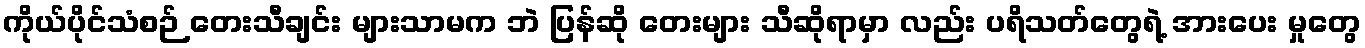
ကိုယ်ပိုင်သံစဉ် တေးသီချင်း များသာမက ဘဲ ပြန်ဆို တေးများ သီဆိုရာမှာ လည်း ပရိသတ်တွေရဲ့ အားပေး မှုတွေ